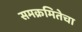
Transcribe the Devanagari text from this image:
समक्रमितेचा